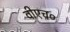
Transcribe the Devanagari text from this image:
वीएच०